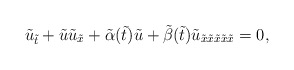
\begin{align*}\tilde u_{\tilde t}+\tilde u\tilde u_{\tilde x}+\tilde \alpha(\tilde t) \tilde u+\tilde \beta(\tilde t) \tilde u_{\tilde x\tilde x\tilde x\tilde x\tilde x}=0,\end{align*}